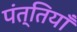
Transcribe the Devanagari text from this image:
पंत्तियाँ